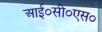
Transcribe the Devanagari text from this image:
आई०सी०एस०